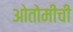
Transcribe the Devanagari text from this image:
ओतोमींची